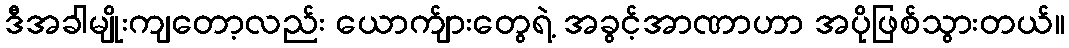
ဒီအခါမျိုးကျတော့လည်း ယောက်ျားတွေရဲ့ အခွင့်အာဏာဟာ အပိုဖြစ်သွားတယ်။